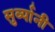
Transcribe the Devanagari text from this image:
सुर्व्यानी